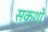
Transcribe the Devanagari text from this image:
सक्शो